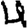
Digit: 4